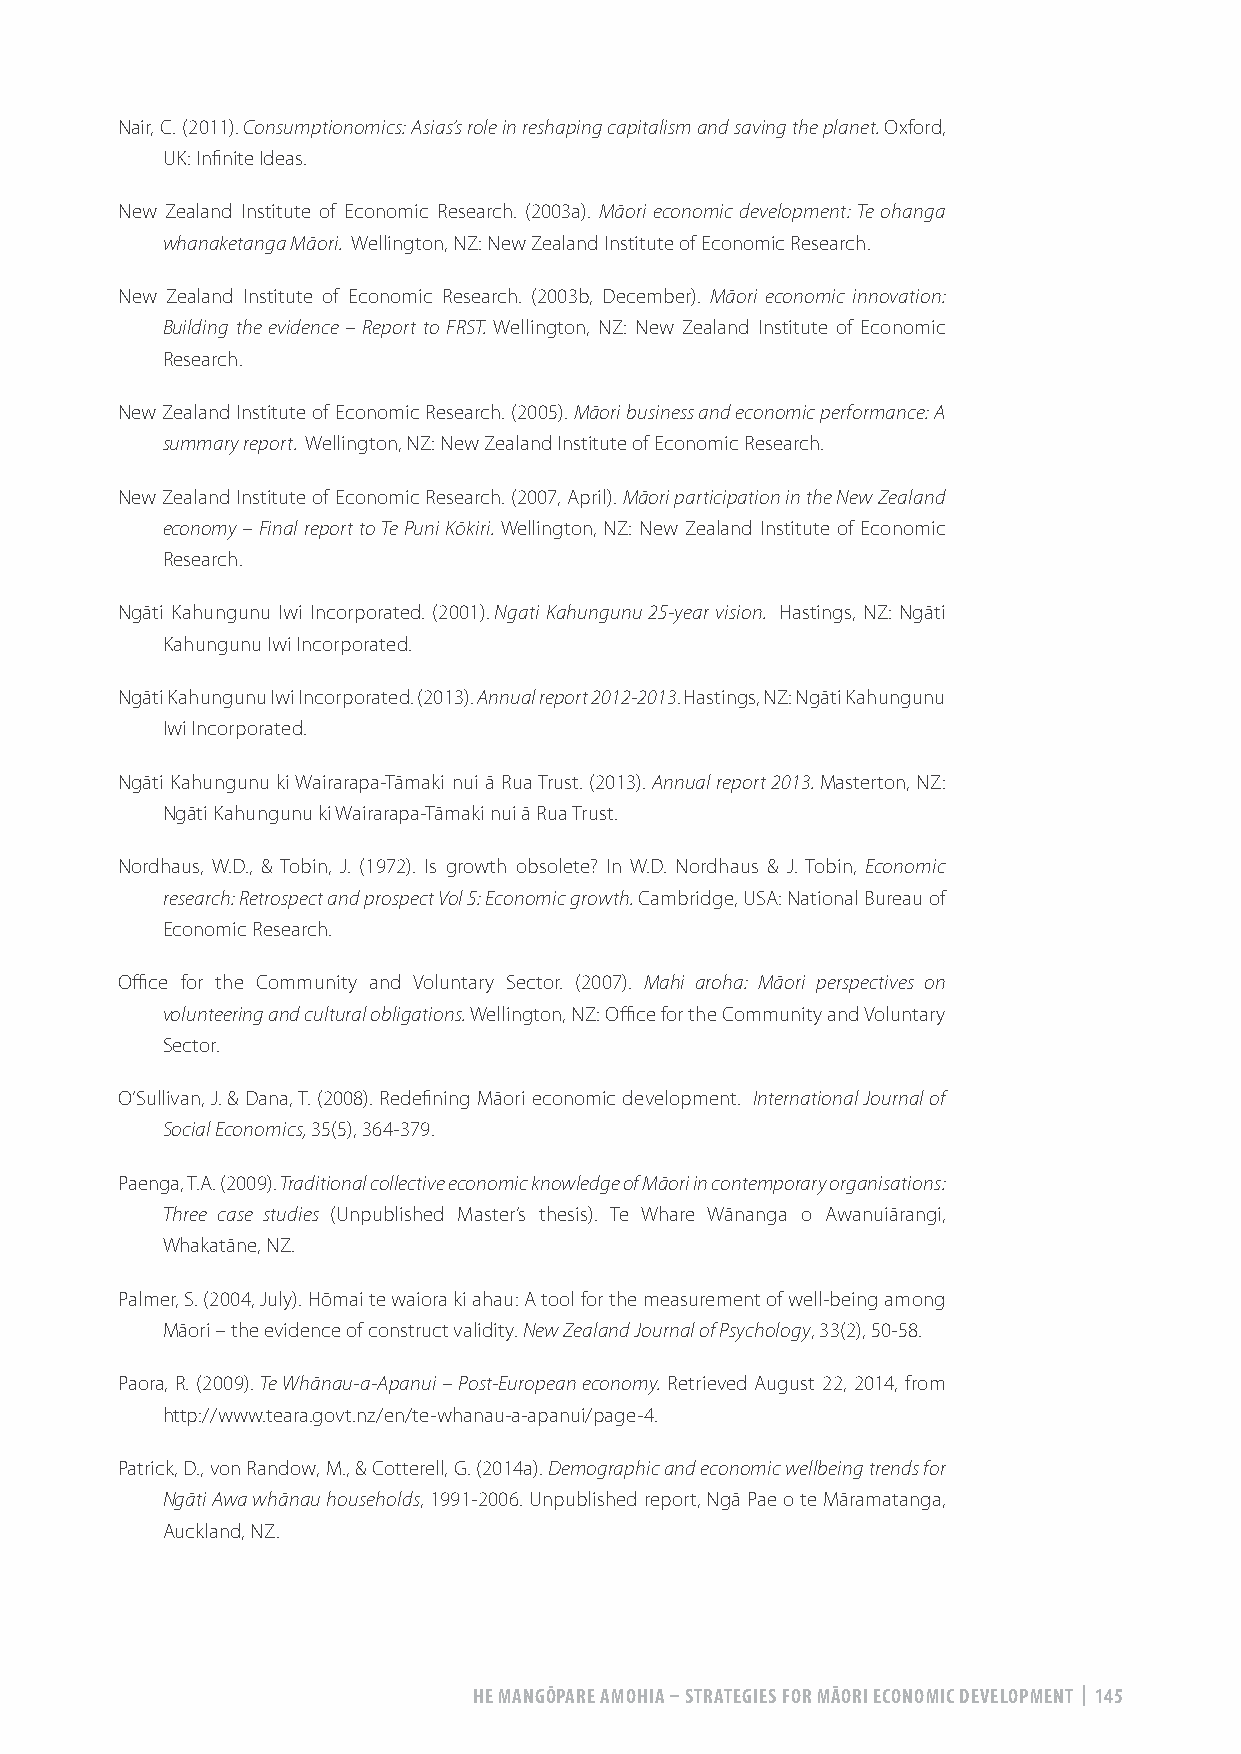
Nair, C. (2011). Consumptionomics: Asias’s role in reshaping capitalism and saving the planet. Oxford,
 UK: Infinite Ideas.
 New Zealand Institute of Economic Research. (2003a). Māori economic development: Te ohanga
 whanaketanga Māori. Wellington, NZ: New Zealand Institute of Economic Research.
 New Zealand Institute of Economic Research. (2003b, December). Māori economic innovation:
 Building the evidence – Report to FRST. Wellington, NZ: New Zealand Institute of Economic
 Research.
 New Zealand Institute of Economic Research. (2005). Māori business and economic performance: A
 summary report. Wellington, NZ: New Zealand Institute of Economic Research.
 New Zealand Institute of Economic Research. (2007, April). Māori participation in the New Zealand
 economy – Final report to Te Puni Kōkiri. Wellington, NZ: New Zealand Institute of Economic
 Research.
 Ngāti Kahungunu Iwi Incorporated. (2001). Ngati Kahungunu 25-year vision. Hastings, NZ: Ngāti
 Kahungunu Iwi Incorporated.
 Ngāti Kahungunu Iwi Incorporated. (2013). Annual report 2012-2013. Hastings, NZ: Ngāti Kahungunu
 Iwi Incorporated.
 Ngāti Kahungunu ki Wairarapa-Tāmaki nui ā Rua Trust. (2013). Annual report 2013. Masterton, NZ:
 Ngāti Kahungunu ki Wairarapa-Tāmaki nui ā Rua Trust.
 Nordhaus, W.D., & Tobin, J. (1972). Is growth obsolete? In W.D. Nordhaus & J. Tobin, Economic
 research: Retrospect and prospect Vol 5: Economic growth. Cambridge, USA: National Bureau of
 Economic Research.
 Office for the Community and Voluntary Sector. (2007). Mahi aroha: Māori perspectives on
 volunteering and cultural obligations. Wellington, NZ: Office for the Community and Voluntary
 Sector.
 O’Sullivan, J. & Dana, T. (2008). Redefining Māori economic development. International Journal of
 Social Economics, 35(5), 364-379.
 Paenga, T.A. (2009). Traditional collective economic knowledge of Māori in contemporary organisations:
 Three case studies (Unpublished Master’s thesis). Te Whare Wānanga o Awanuiārangi,
 Whakatāne, NZ.
 Palmer, S. (2004, July). Hōmai te waiora ki ahau: A tool for the measurement of well-being among
 Māori – the evidence of construct validity. New Zealand Journal of Psychology, 33(2), 50-58.
 Paora, R. (2009). Te Whānau-a-Apanui – Post-European economy. Retrieved August 22, 2014, from
 http://www.teara.govt.nz/en/te-whanau-a-apanui/page-4.
 Patrick, D., von Randow, M., & Cotterell, G. (2014a). Demographic and economic wellbeing trends for
 Ngāti Awa whānau households, 1991-2006. Unpublished report, Ngā Pae o te Māramatanga,
 Auckland, NZ.
 HE MANGŌPARE AMOHIA – STRATEGIES FOR MĀORI ECONOMIC DEVELOPMENT | 145